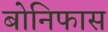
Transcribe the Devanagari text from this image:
बोनिफास